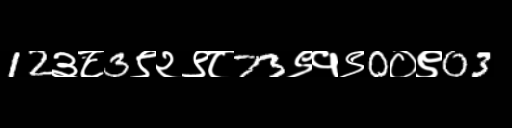
Text: 12३८3९२९८73९१९0०९03